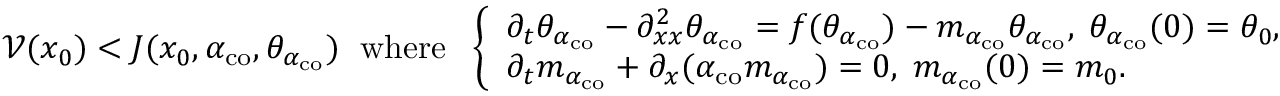
{ \mathcal V } ( x _ { 0 } ) < J ( x _ { 0 } , \alpha _ { \mathrm { c o } } , \theta _ { \alpha _ { \mathrm { c o } } } ) \; \mathrm { ~ w h e r e ~ } \; \left\{ \begin{array} { l l } { \partial _ { t } \theta _ { \alpha _ { \mathrm { c o } } } - \partial _ { x x } ^ { 2 } \theta _ { \alpha _ { \mathrm { c o } } } = f ( \theta _ { \alpha _ { \mathrm { c o } } } ) - m _ { \alpha _ { \mathrm { c o } } } \theta _ { \alpha _ { \mathrm { c o } } } , \; \theta _ { \alpha _ { \mathrm { c o } } } ( 0 ) = \theta _ { 0 } , } \\ { \partial _ { t } m _ { \alpha _ { \mathrm { c o } } } + \partial _ { x } ( \alpha _ { \mathrm { c o } } m _ { \alpha _ { \mathrm { c o } } } ) = 0 , \; m _ { \alpha _ { \mathrm { c o } } } ( 0 ) = m _ { 0 } . } \end{array} \right.